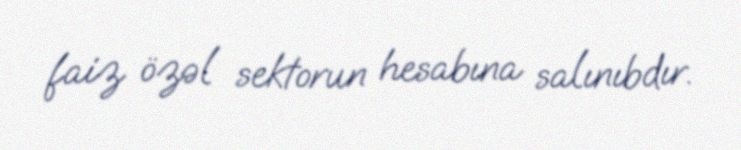
faiz özəl sektorun hesabına salınıbdır.